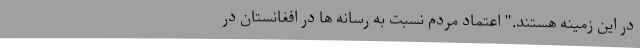
در این زمینه هستند." اعتماد مردم نسبت به رسانه ها در افغانستان در